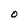
Character: O